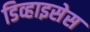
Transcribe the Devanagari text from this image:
डिव्हाइसेस